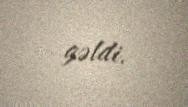
gəldi.